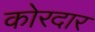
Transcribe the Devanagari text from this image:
कोरदार